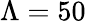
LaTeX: \Lambda=50